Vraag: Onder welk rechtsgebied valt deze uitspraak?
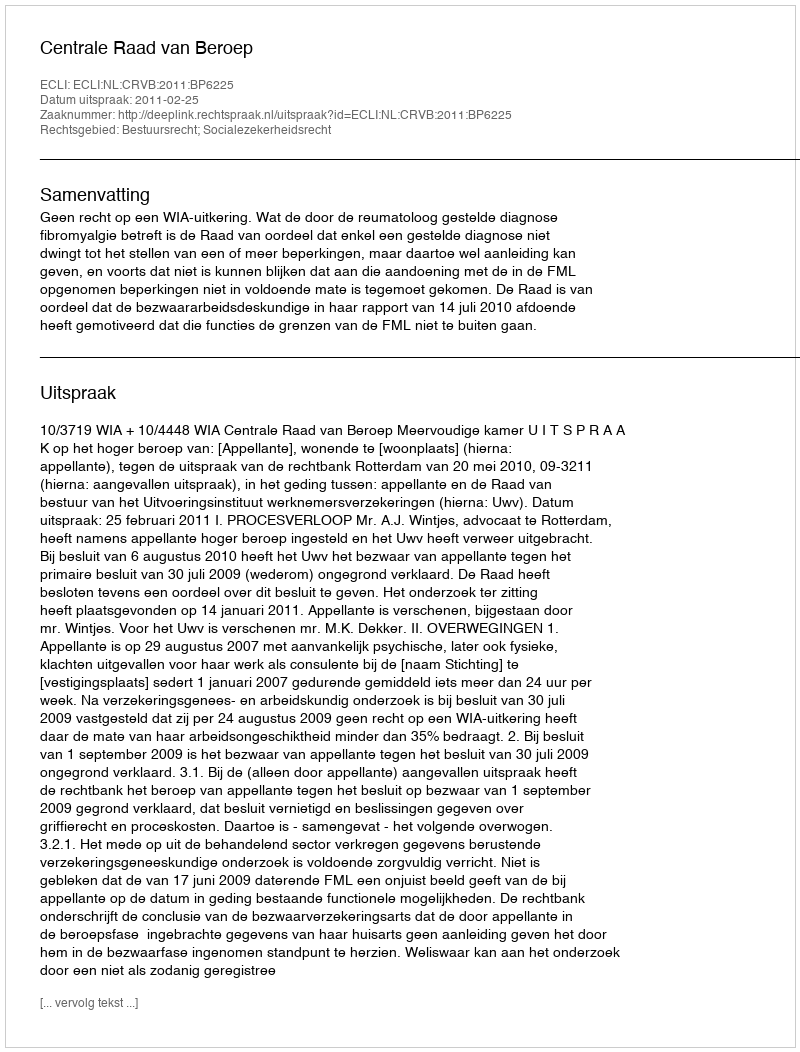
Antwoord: Bestuursrecht; Socialezekerheidsrecht